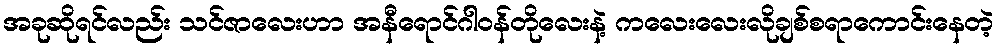
အခုဆိုရင်လည်း သင်ဇာလေးဟာ အနီရောင်ဂါဝန်တိုလေးနဲ့ ကလေးလေးလိုချစ်စရာကောင်းနေတဲ့